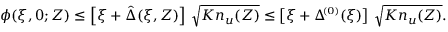
\phi ( \xi , 0 ; Z ) \le \left[ \xi + \hat { \Delta } ( \xi , Z ) \right] \, \sqrt { K n _ { u } ( Z ) } \le \left[ \xi + \Delta \! ^ { { \scriptscriptstyle ( 0 ) } } ( \xi ) \right] \, \sqrt { K n _ { u } ( Z ) } .